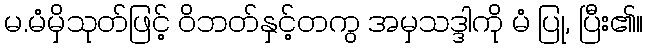
မ.မံမှိသုတ်ဖြင့် ဝိဘတ်နှင့်တကွ အမှသဒ္ဒါကို မံ ပြု, ပြီး၏။